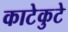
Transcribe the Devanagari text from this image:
काटेकुटे